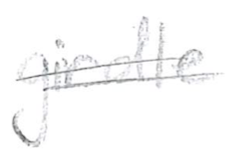
Text: girdle
Cross-out: mix
Writing tool: pencil